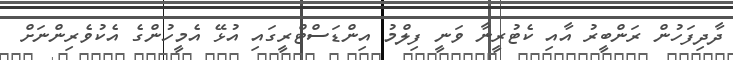
ދާދިފަހުން ރަންބީރު އާއި ކެޓުރީނާ ވަނީ ފިލްމު އިންޑަސްޓްރީގައި އުޅޭ އެމީހުންގެ އެކުވެރިންނަށް